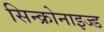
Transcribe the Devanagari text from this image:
सिन्क्रोनाइज्ड